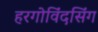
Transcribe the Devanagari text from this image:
हरगोविंदसिंग